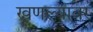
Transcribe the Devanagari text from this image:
खणल्यावर